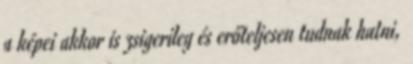
a képei akkor is zsigerileg és erőteljesen tudnak hatni,